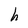
Character: h